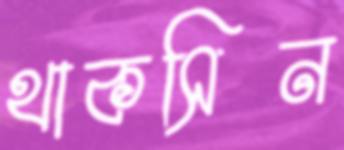
থাকসিন